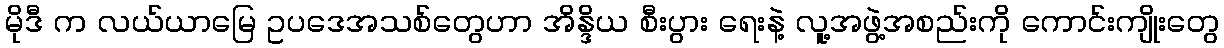
မိုဒီ က လယ်ယာမြေ ဥပဒေအသစ်တွေဟာ အိန္ဒိယ စီးပွား ရေးနဲ့ လူ့အဖွဲ့အစည်းကို ကောင်းကျိုးတွေ